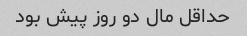
حداقل مال دو روز پیش بود